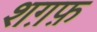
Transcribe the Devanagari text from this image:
शग़फ़